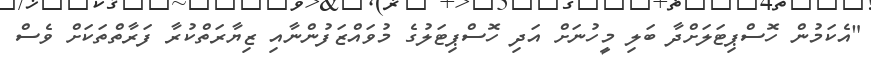
"އެކަމުން ހޮސްޕިޓަލަށްދާ ބަލި މީހުނަށް އަދި ހޮސްޕިޓަލުގެ މުވައްޒަފުންނާއި ޒިޔާރަތްކުރާ ފަރާތްތަކަށް ވެސް